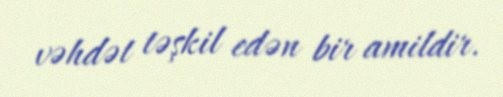
vəhdət təşkil edən bir amildir.